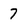
Character: 7